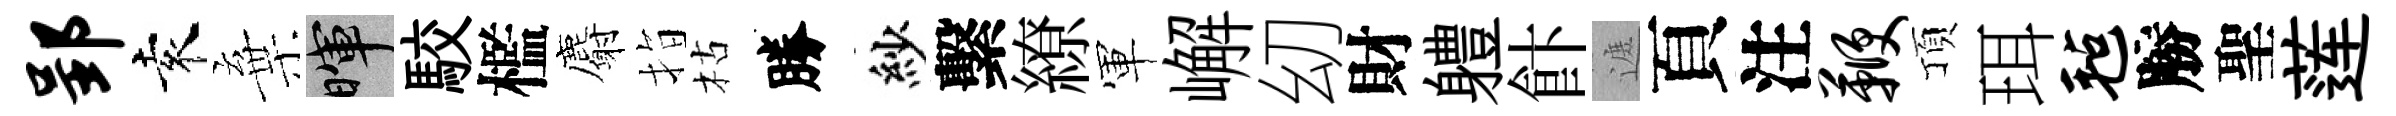
郢袁棄暉駮檻麝指枯勝紗繫繚軍嶰㓜財軆飰遮頁注鞭頂珥毡勝聖莲